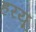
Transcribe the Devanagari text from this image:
हरयू